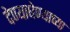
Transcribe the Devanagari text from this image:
देण्याघेण्याच्या